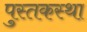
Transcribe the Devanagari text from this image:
पुस्तकस्था